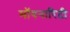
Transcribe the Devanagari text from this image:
मॉयनारिटी